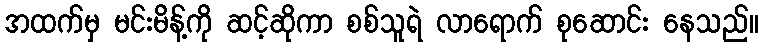
အထက်မှ မင်းမိန့်ကို ဆင့်ဆိုကာ စစ်သူရဲ လာရောက် စုဆောင်း နေသည်။